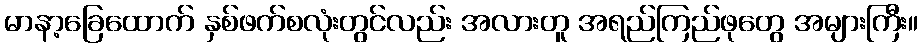
မာနာ့ခြေထောက် နှစ်ဖက်စလုံးတွင်လည်း အလားတူ အရည်ကြည်ဖုတွေ အများကြီး။